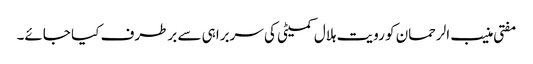
مفتی منیب الرحمان کو رویت ہلال کمیٹی کی سربراہی سے برطرف کیا جائے۔